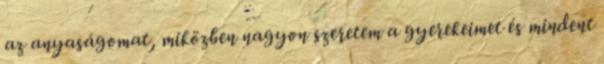
az anyaságomat, miközben nagyon szeretem a gyerekeimet és mindent